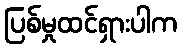
ပြစ်မှုထင်ရှားပါက